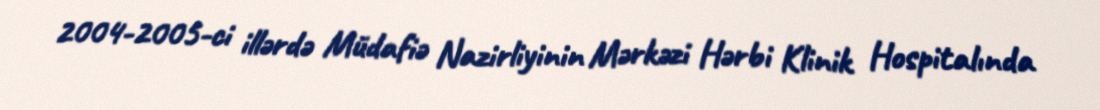
2004-2005-ci illərdə Müdafiə Nazirliyinin Mərkəzi Hərbi Klinik Hospitalında